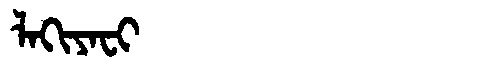
Manchu: ᠯᠠᡴᡳᠶᠠᠸᡳ
Romanization: LAKIYAFI